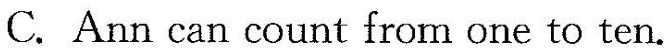
C.Ann can count from one to ten.